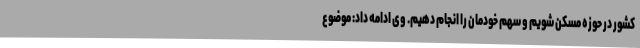
کشور در حوزه مسکن شویم و سهم خودمان را انجام دهیم. وی ادامه داد: موضوع